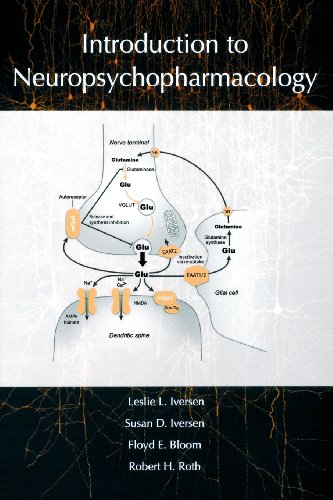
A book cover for Introduction to Neuropsychopharmacology; Leslie Iversen; Medical Books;